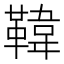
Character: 𩋾